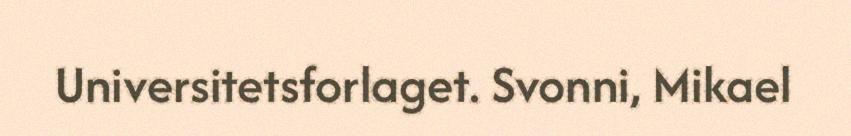
Universitetsforlaget. Svonni, Mikael